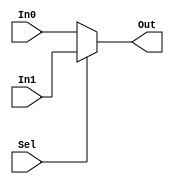
`timescale 1ns / 1ps
/*module MUX2to1(In0, In1, Sel, Out);
    input In0, In1, Sel;
    wire sel, out;
    output wire Out;
   integer delay1, delay2;
    
    initial begin
        delay1=5+{$random}%5;
        delay2=5+{$random}%5;
    end

    buf #(7,3) (sel, Sel);
    assign out= (sel)? In1:In0;
    buf #(delay1,delay2) (Out, out);

endmodule*/
    
    /*module MUX2to1(In0, In1, Sel, Out);
        input In0, In1, Sel;
        wire in0, in1, out;
        output wire Out;
        integer delay1, delay2, delay3, delay4, delay5, delay6;
        initial begin
            delay1=5+{$random}%5;
            delay2=5+{$random}%5;
            delay3=5+{$random}%5;
            delay4=5+{$random}%5;
            delay5=5+{$random}%5;
            delay6=5+{$random}%5;
        end
        assign out= (Sel)? in1:in0;
        buf #(delay1,delay2) (in0, In0);
        buf #(delay3,delay4) (in1, In1);
        buf #(delay5,delay6) (Out, out);
        assign Out=(Sel)?In1:In0;
    endmodule*/
    
/*module MUX2to1(In0, In1, Sel, Out);
    input In0, In1, Sel;
    wire in0, in1;
    output wire Out;
    
    buf #(4) (in0, In0);
    buf #(6) (in1, In1);
    assign Out=(Sel)?in1:in0;
endmodule*/

(* dont_touch = "true" *)
module MUX2to1(In0, In1, Sel, Out);
    input In0, In1, Sel;
    output wire Out;
    
    assign Out=(Sel)?In1:In0;
endmodule